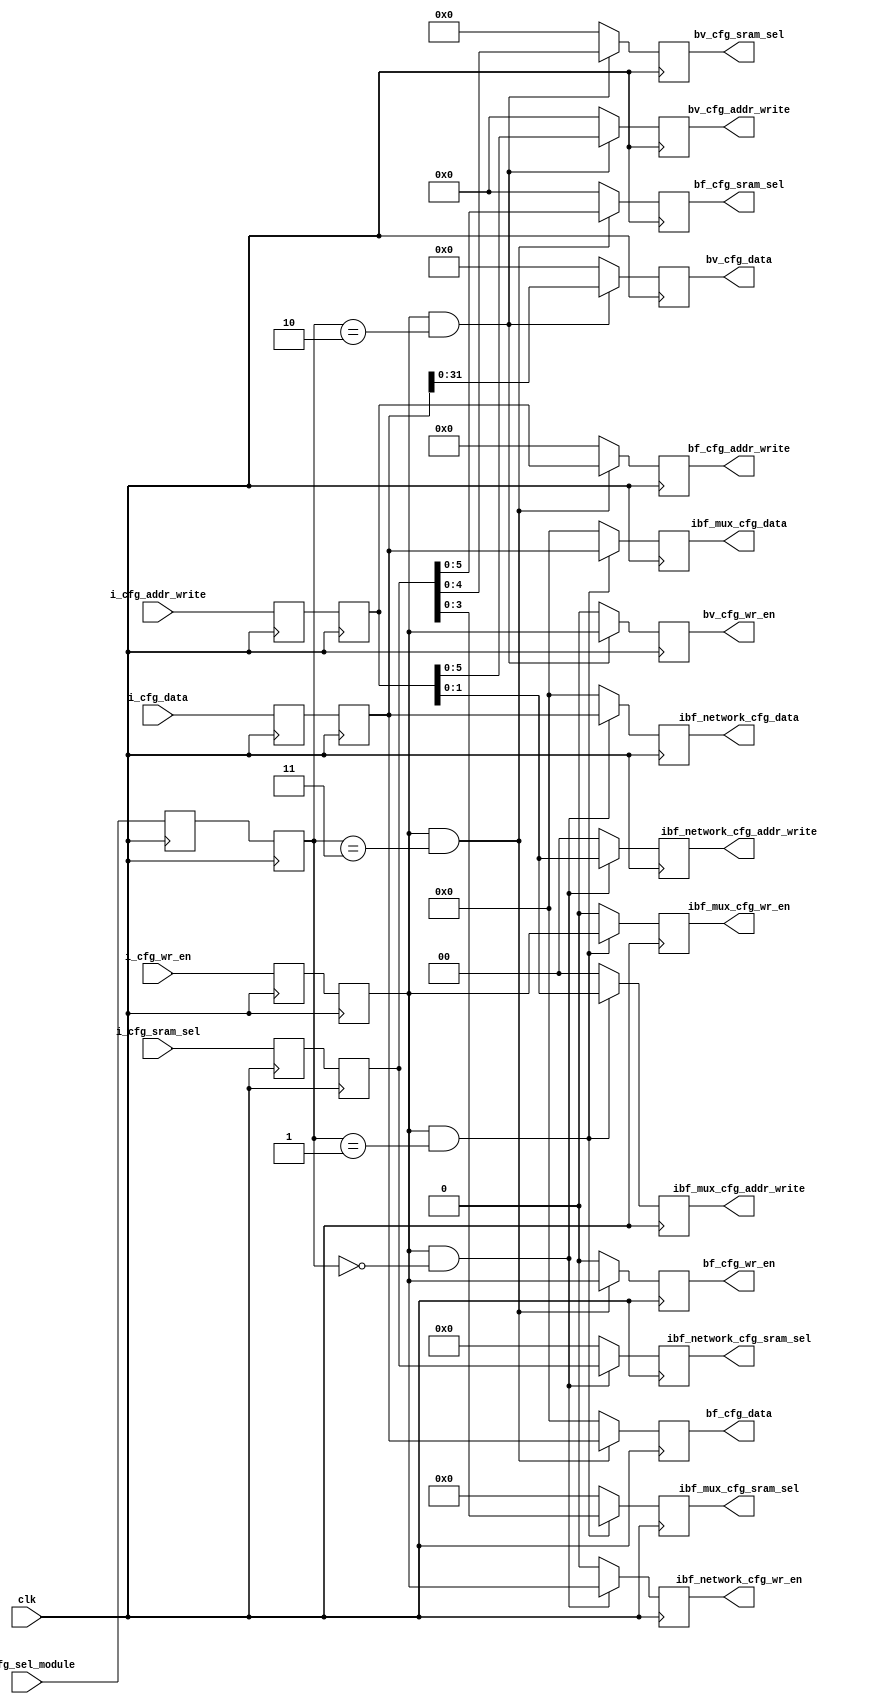
module config_management (
    input  wire         clk                   ,
    // 
    input  wire [1:0]   i_cfg_sel_module      ,
    input  wire [7:0]   i_cfg_sram_sel        ,
    input  wire [6:0]   i_cfg_addr_write      ,
    input  wire         i_cfg_wr_en           ,
    input  wire [63:0]  i_cfg_data            ,
    // IBF_PEX  
    output  reg [7:0]   ibf_network_cfg_sram_sel        ,
    output  reg [1:0]   ibf_network_cfg_addr_write      ,
    output  reg         ibf_network_cfg_wr_en           ,
    output  reg [63:0]  ibf_network_cfg_data            ,

    // IBF_PEX  MUX
    output  reg [3:0]   ibf_mux_cfg_sram_sel        ,
    output  reg [1:0]   ibf_mux_cfg_addr_write      ,
    output  reg         ibf_mux_cfg_wr_en           ,
    output  reg [63:0]  ibf_mux_cfg_data            ,

    // BV
    output  reg [4:0]   bv_cfg_sram_sel        ,
    output  reg [5:0]   bv_cfg_addr_write      ,
    output  reg         bv_cfg_wr_en           ,
    output  reg [31:0]  bv_cfg_data            ,

    // BF_PDEP  
    output  reg [5:0]   bf_cfg_sram_sel        ,
    output  reg [6:0]   bf_cfg_addr_write      ,
    output  reg         bf_cfg_wr_en           ,
    output  reg [63:0]  bf_cfg_data             

);

reg [1:0]   ff_1_i_cfg_sel_module      ;
reg [7:0]   ff_1_i_cfg_sram_sel        ;
reg [6:0]   ff_1_i_cfg_addr_write      ;
reg         ff_1_i_cfg_wr_en           ;
reg [63:0]  ff_1_i_cfg_data            ;

reg [1:0]   ff_2_i_cfg_sel_module      ;
reg [7:0]   ff_2_i_cfg_sram_sel        ;
reg [6:0]   ff_2_i_cfg_addr_write      ;
reg         ff_2_i_cfg_wr_en           ;
reg [63:0]  ff_2_i_cfg_data            ;

always @(posedge clk) begin
        ff_1_i_cfg_sel_module  <= i_cfg_sel_module      ;
        ff_1_i_cfg_sram_sel    <= i_cfg_sram_sel        ;
        ff_1_i_cfg_addr_write  <= i_cfg_addr_write      ;
        ff_1_i_cfg_wr_en       <= i_cfg_wr_en           ;
        ff_1_i_cfg_data        <= i_cfg_data            ;

        ff_2_i_cfg_sel_module  <= ff_1_i_cfg_sel_module    ;
        ff_2_i_cfg_sram_sel    <= ff_1_i_cfg_sram_sel      ;
        ff_2_i_cfg_addr_write  <= ff_1_i_cfg_addr_write    ;
        ff_2_i_cfg_wr_en       <= ff_1_i_cfg_wr_en         ;
        ff_2_i_cfg_data        <= ff_1_i_cfg_data          ;
end

// 1
always @(posedge clk) begin
    if ( ff_2_i_cfg_wr_en == 1'b1 && ff_2_i_cfg_sel_module == 2'b00 ) begin
        ibf_network_cfg_sram_sel    <= ff_2_i_cfg_sram_sel   ;
        ibf_network_cfg_addr_write  <= ff_2_i_cfg_addr_write[1:0] ;
        ibf_network_cfg_wr_en       <= ff_2_i_cfg_wr_en      ;
        ibf_network_cfg_data        <= ff_2_i_cfg_data       ;
    end
    else begin
        ibf_network_cfg_sram_sel    <= 'b0;
        ibf_network_cfg_addr_write  <= 'b0;
        ibf_network_cfg_wr_en       <= 'b0;
        ibf_network_cfg_data        <= 'b0;
    end
end

// 2
always @(posedge clk) begin
    if ( ff_2_i_cfg_wr_en == 1'b1 && ff_2_i_cfg_sel_module == 2'b01 ) begin
        ibf_mux_cfg_sram_sel    <= ff_2_i_cfg_sram_sel[3:0]   ;
        ibf_mux_cfg_addr_write  <= ff_2_i_cfg_addr_write[1:0] ;
        ibf_mux_cfg_wr_en       <= ff_2_i_cfg_wr_en      ;
        ibf_mux_cfg_data        <= ff_2_i_cfg_data       ;
    end
    else begin
        ibf_mux_cfg_sram_sel    <= 'b0;
        ibf_mux_cfg_addr_write  <= 'b0;
        ibf_mux_cfg_wr_en       <= 'b0;
        ibf_mux_cfg_data        <= 'b0;
    end
end

// 3
always @(posedge clk) begin
    if ( ff_2_i_cfg_wr_en == 1'b1 && ff_2_i_cfg_sel_module == 2'b10 ) begin
        bv_cfg_sram_sel     <= ff_2_i_cfg_sram_sel[4:0]   ;
        bv_cfg_addr_write   <= ff_2_i_cfg_addr_write[5:0] ;
        bv_cfg_wr_en        <= ff_2_i_cfg_wr_en      ;
        bv_cfg_data         <= ff_2_i_cfg_data[31:0]       ;
    end
    else begin
        bv_cfg_sram_sel     <= 'b0;
        bv_cfg_addr_write   <= 'b0;
        bv_cfg_wr_en        <= 'b0;
        bv_cfg_data         <= 'b0;
    end
end

// 4
always @(posedge clk) begin
    if ( ff_2_i_cfg_wr_en == 1'b1 && ff_2_i_cfg_sel_module == 2'b11 ) begin
        bf_cfg_sram_sel     <= ff_2_i_cfg_sram_sel[5:0] ;
        bf_cfg_addr_write   <= ff_2_i_cfg_addr_write ;
        bf_cfg_wr_en        <= ff_2_i_cfg_wr_en      ;
        bf_cfg_data         <= ff_2_i_cfg_data       ;
    end
    else begin
        bf_cfg_sram_sel    <= 'b0;
        bf_cfg_addr_write  <= 'b0;
        bf_cfg_wr_en       <= 'b0;
        bf_cfg_data        <= 'b0;
    end
end


endmodule //config_management